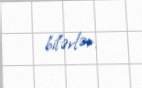
bilərlər.